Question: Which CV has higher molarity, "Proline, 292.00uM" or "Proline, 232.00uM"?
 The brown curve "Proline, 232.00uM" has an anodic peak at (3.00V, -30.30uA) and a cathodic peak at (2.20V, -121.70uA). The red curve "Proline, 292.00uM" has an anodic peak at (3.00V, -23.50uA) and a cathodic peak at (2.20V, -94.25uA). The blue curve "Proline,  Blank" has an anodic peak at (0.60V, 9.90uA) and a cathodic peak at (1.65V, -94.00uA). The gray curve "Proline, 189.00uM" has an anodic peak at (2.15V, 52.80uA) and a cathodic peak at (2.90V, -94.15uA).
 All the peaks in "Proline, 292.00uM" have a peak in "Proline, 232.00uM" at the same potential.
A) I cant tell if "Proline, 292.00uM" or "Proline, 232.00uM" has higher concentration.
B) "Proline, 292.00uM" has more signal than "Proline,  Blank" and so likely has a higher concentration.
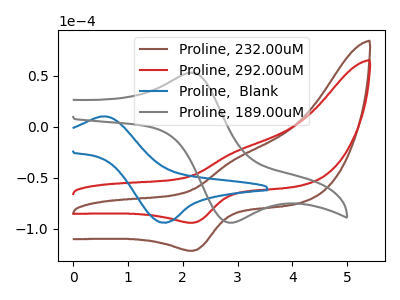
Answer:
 <answer>A) I cant tell if "Proline, 292.00uM" or "Proline, 232.00uM" has higher concentration.</answer>
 <eval>A</eval>